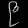
Digit: ၉